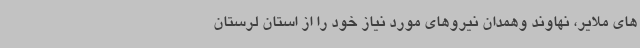
های ملایر، نهاوند وهمدان نیروهای مورد نیاز خود را از استان لرستان